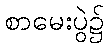
စာမေးပွဲ၌